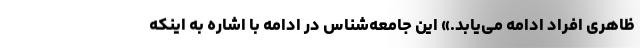
ظاهری افراد ادامه می‌یابد.» این جامعه‌شناس در ادامه با اشاره به اینکه